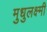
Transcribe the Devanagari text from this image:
मुधुलक्ष्मी